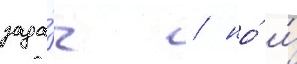
зада́ч / но́ и́